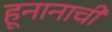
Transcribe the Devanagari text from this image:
हूनानाची